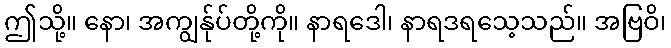
ဤသို့။ နော၊ အကျွန်ုပ်တို့ကို။ နာရဒေါ၊ နာရဒရသေ့သည်။ အဗြဝိ၊